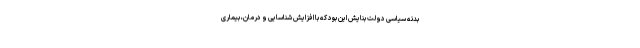
بدنه سیاسی دولت بنایش این بود که با افزایش شناسایی و درمان، بیماری